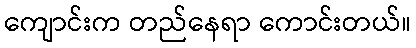
ကျောင်းက တည်နေရာ ကောင်းတယ်။